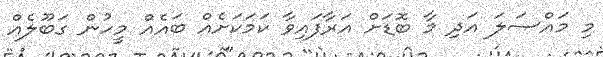
މި މައްސަލަ އަދި މާ ބޮޑަށް އަރާފައިވާ ކަމަކަށެއް ބައެއް މީހުން ގަބޫލެއް